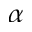
\alpha